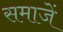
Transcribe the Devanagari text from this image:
समाजें